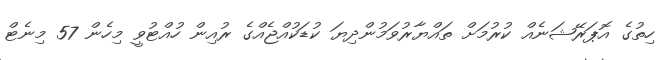
ހިތުގެ އޮޕަރޭޝަނެއް ކުރުމަށް ތައްޔާރުވަމުންދިޔަ ކުޑަކުއްޖެއްގެ ރުއިން ހުއްޓުވީ މިހެން 57 މިނެޓް